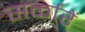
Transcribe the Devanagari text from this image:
सर्कारें